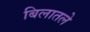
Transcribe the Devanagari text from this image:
बिलातले